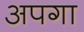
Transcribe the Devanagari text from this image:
अपगा